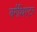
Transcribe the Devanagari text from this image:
बर्गथिएटर